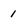
Character: 1